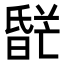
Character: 𬁌